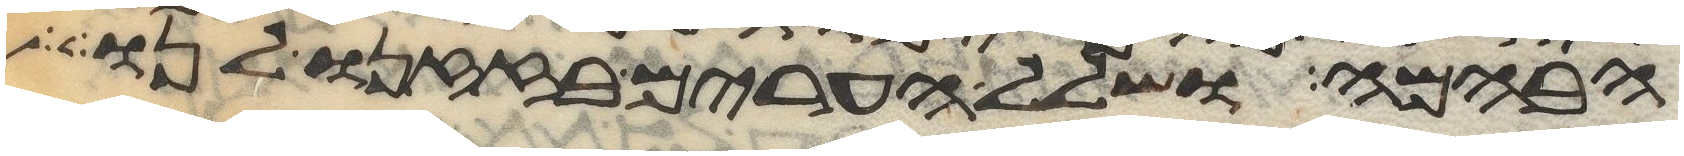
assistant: הבהמה ושלל הערים בזזנו לנו